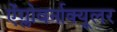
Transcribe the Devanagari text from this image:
ऐंग्लोवर्नाक्यूलर